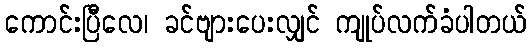
ကောင်းပြီလေ၊ ခင်ဗျားပေးလျှင် ကျုပ်လက်ခံပါတယ်